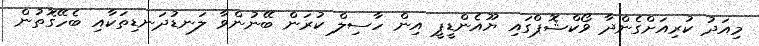
މިއަދު ކުރިއަށްގެންދާ ވޯކްޝޮޕްގައި ޔޫއެންޑީޕީ އިން ހާސިލް ކުރަން ބޭނުންވާ ލަނޑުދަނޑިތަކާއި ބެހޭގޮތުން